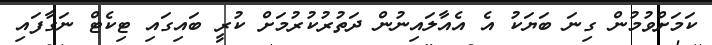
ކަމަށްވުމުން ގިނަ ބަޔަކު އެ އެއާލައިނުން ދަތުރުކުރުމަށް ކުރީ ބައިގައި ޓިކެޓް ނަގާފައި